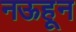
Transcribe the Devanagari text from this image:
नऊहून